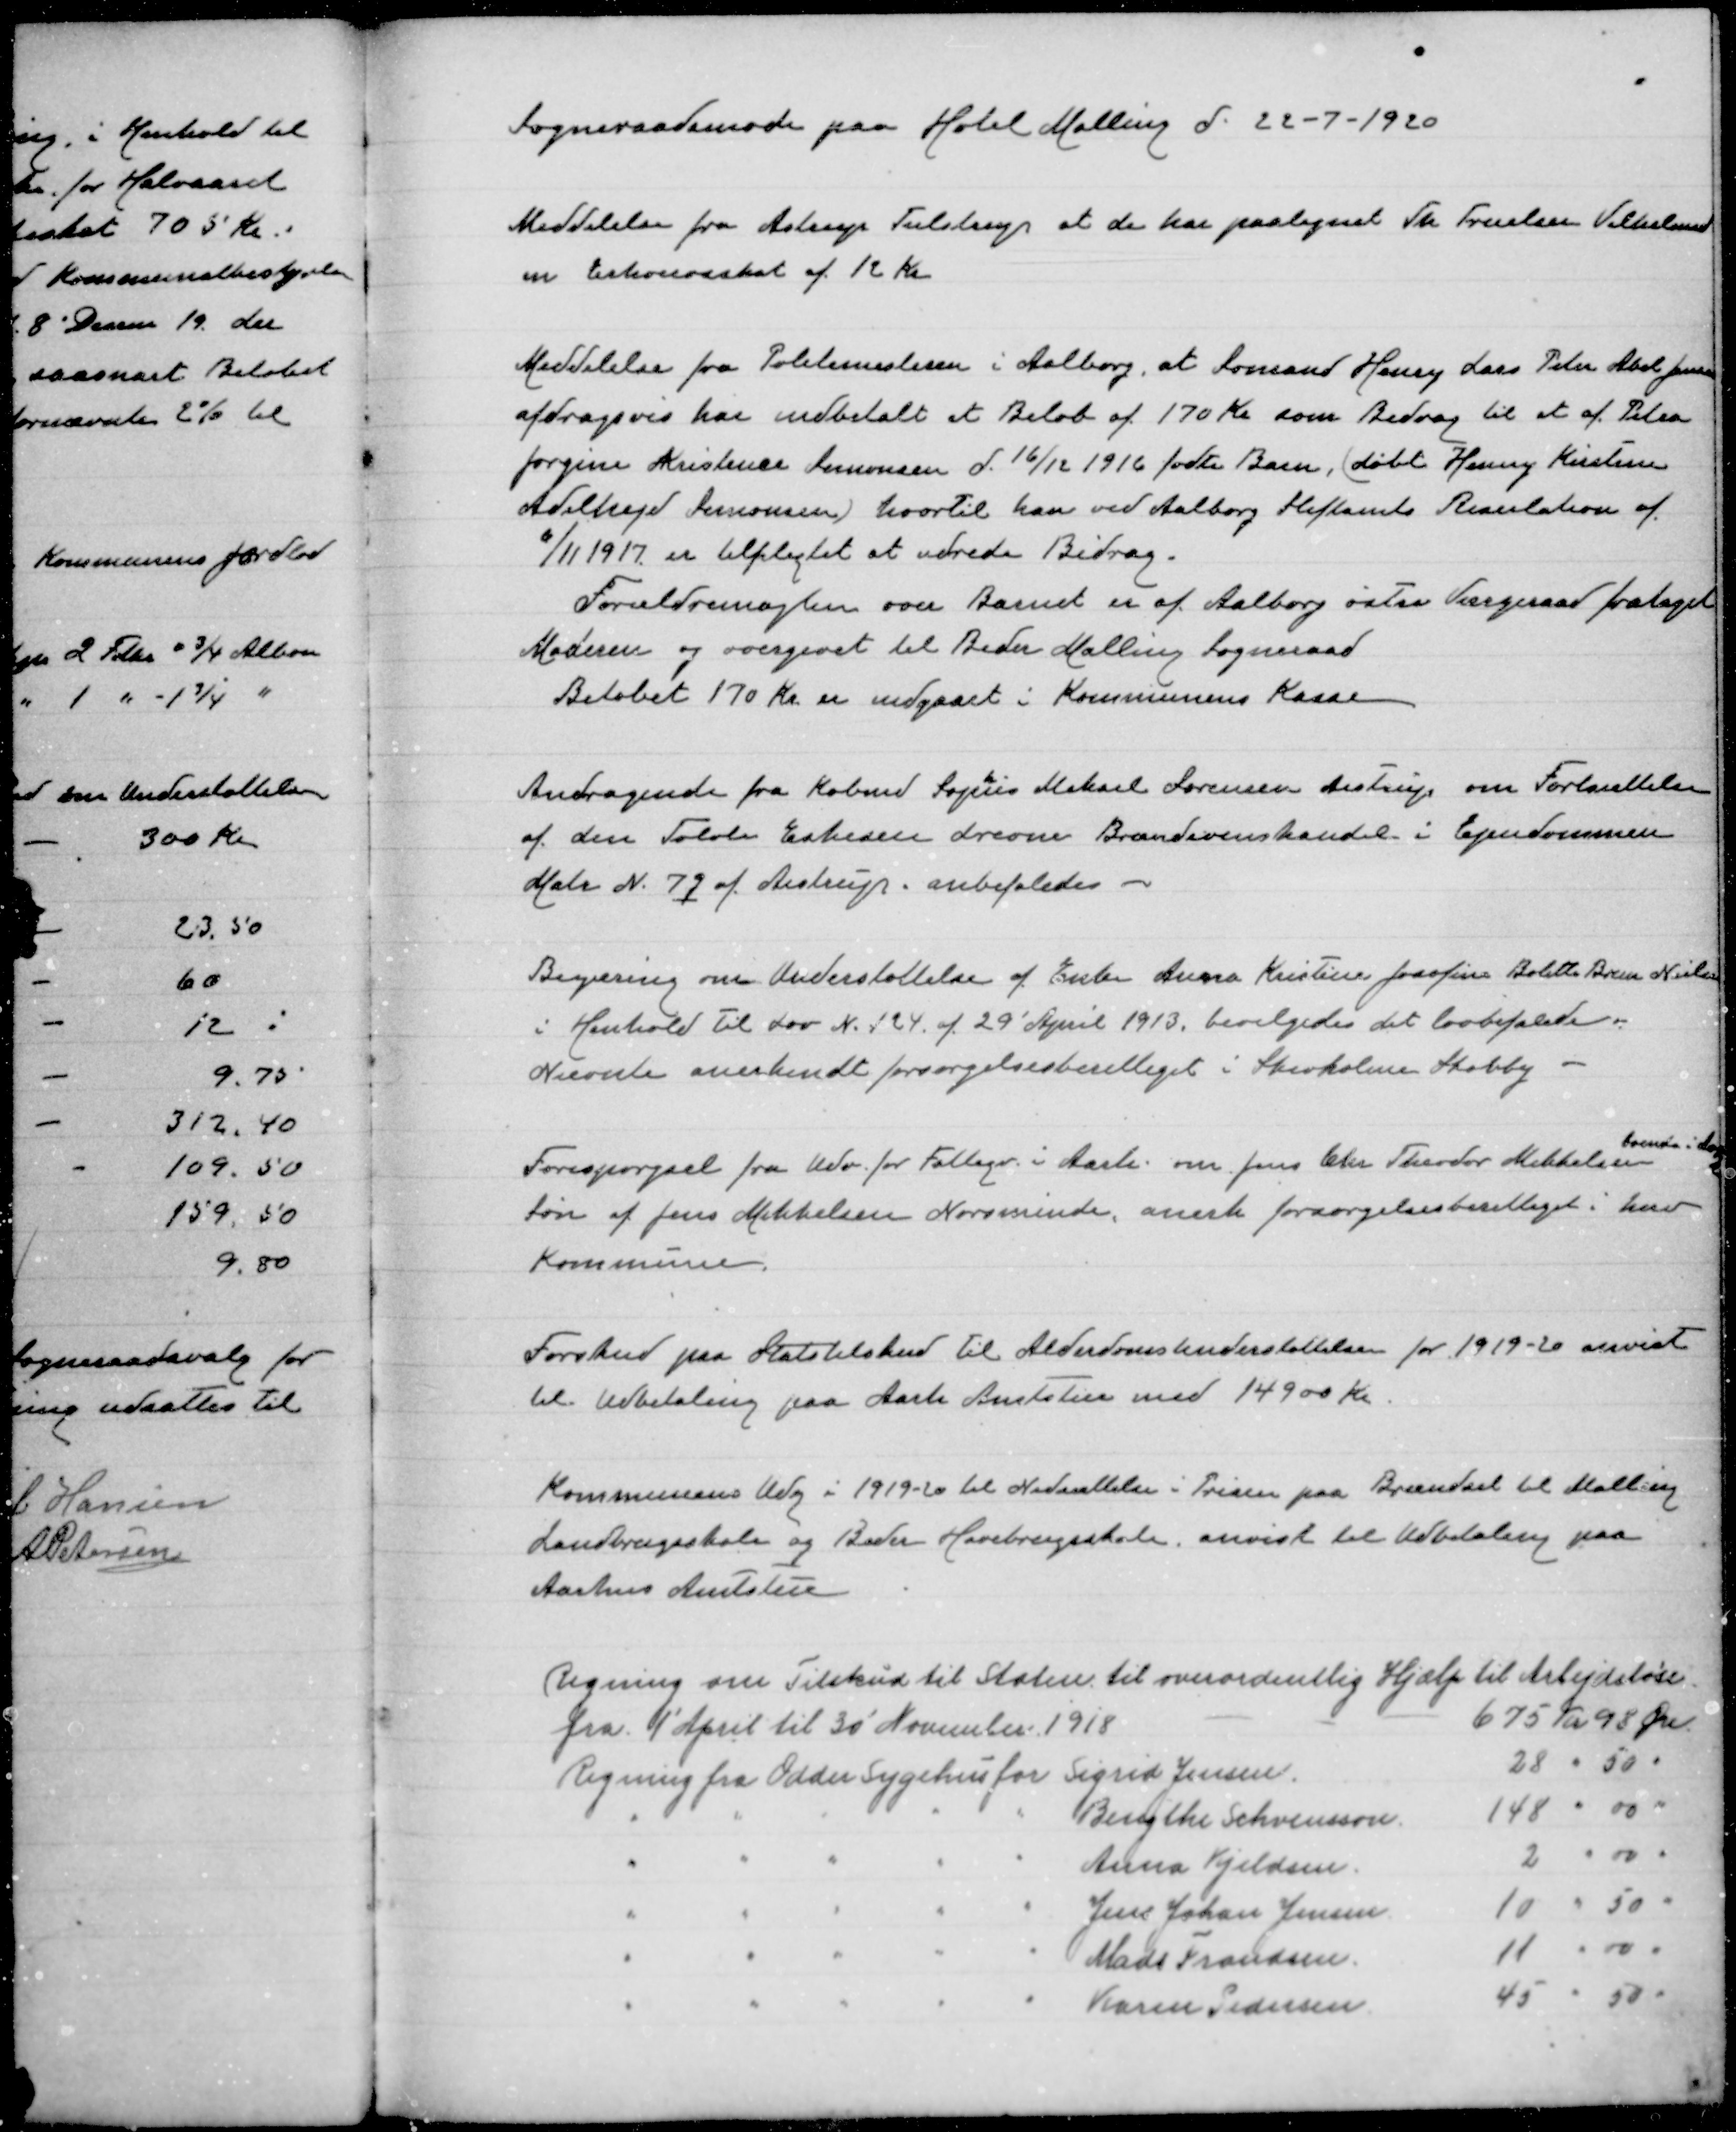
Transskription:
Sogneraadsmøde paa Hotel Malling d. 22-7-1920

Meddelelse fra Astrup Tulstrup at de har paalignet Th Truelsen Vilhelmsl
en erhvervsskat af 12 Kr

Meddelelse fra Politimesteren i Aalborg at Sømand Henry Lars Peter Abel Jensen
afdragsvis har udbetalt et Beløb af 170 Kr som Bidrag til et af Petra
Jørgine Kristense Simonsen d. 16/12 1916 fødte Barn, (døbt Henny Kristine
Adelhejd Simonsen) hvortil han ved Aalborg Stiftamts Riaulation af
6/11 1917 er tilpligtet at udrede Bidrag.
Forældremagten over Barnet er af Aalborg østre Værgeraad frataget
Moderen og overgivet til Beder Malling Sogneraad
Beløbet 170 Kr er udgaaet i Kommunens Kasse

Andragende fra Købmd Sopus Mikael Sørensen Aistrup om Fortsættelse
af den  Eskesen drevne Brændevinshandel i Ejendommen
Matr. N. 7q af Aistrup. anbefaledes

Begæring om Understøttelse af Enke Anna Kristine Josefine Bolette Brun Nielsen
i Henhold til Lov N. 124 af 29' April 1913, bevilgedes det lovbefalede.
Nævnte anerkendt forsørgelsesberettiget i Skivholme Skovby

Forespørgsel fra Udv. for Fattigv. i Aarh. om Jen Chr Theodor Mikkelsen
boende i
Søn af Jens Mikkelsen Norsminde, anerk forsørgelsesberettiget i herv.
Kommune.

Forskud paa Statstilskud til Alderdomsunderstøttelse for 1919-20 anvist
til udbetaling paa Aarh. Amtstue med 14900 Kr

Kommunens udg. i 1919-20 til Nedsættelse i Prisen paa Brændsel til Malling
Landbrugsskole og Beder Havebrugsskole anvist til udbetaling paa
Aarhus Amtstue